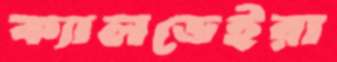
ক্যালডেইরা